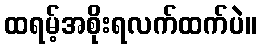
ထရမ့်အစိုးရလက်ထက်ပဲ။